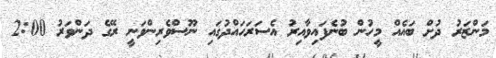
މަންޒަރު ދުށް ބައެއް މީހުން ބުނެފައިވާއިރު އެސަރަހައްދުގައި ނޫސްވެރިންވަނީ ރޭގެ ދަންވަރު 2:00